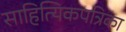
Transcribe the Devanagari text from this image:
साहित्यिकपत्रिका